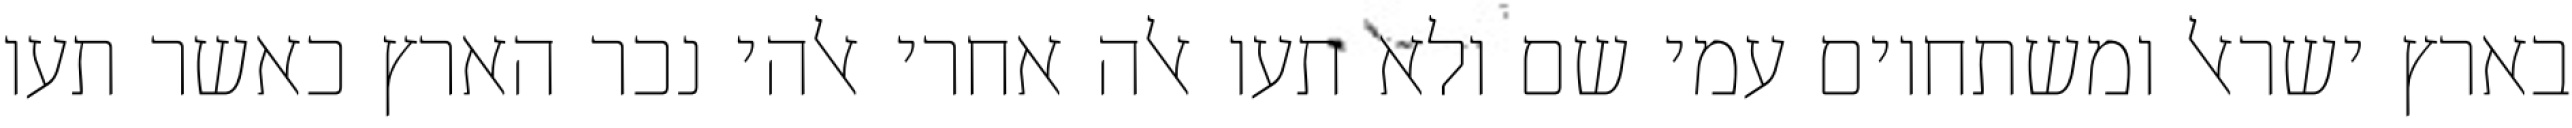
בארץ ישראל ומשתחוים עמי שם ולא תעו אלה אחרי אלהי נכר הארץ כאשר תעו